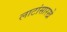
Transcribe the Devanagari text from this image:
लाटांसारखे